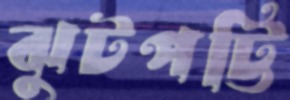
ঝুটপট্টি